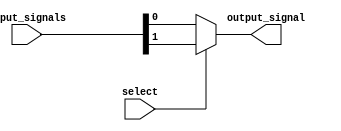
module multiplexer(
    input wire select,
    input wire [1:0] input_signals,
    output reg output_signal
);

always @(*) begin
    if (select == 0)
        output_signal = input_signals[0];
    else
        output_signal = input_signals[1];
    
end

endmodule